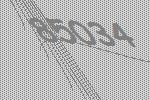
85034